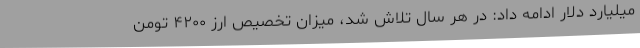
میلیارد دلار ادامه داد: در هر سال تلاش شد، میزان تخصیص ارز ۴۲۰۰ تومن